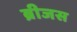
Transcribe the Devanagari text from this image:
ब्रीजस